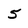
Character: 5